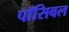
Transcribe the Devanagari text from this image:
पॉसिबल